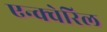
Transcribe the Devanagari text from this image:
एन्क्वेरिल